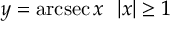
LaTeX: y = \operatorname { a r c s e c } x \ \ | x | \geq 1